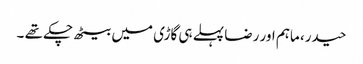
حیدر، ماہم اور رضا پہلے ہی گاڑی میں بیٹھ چکے تھے ۔